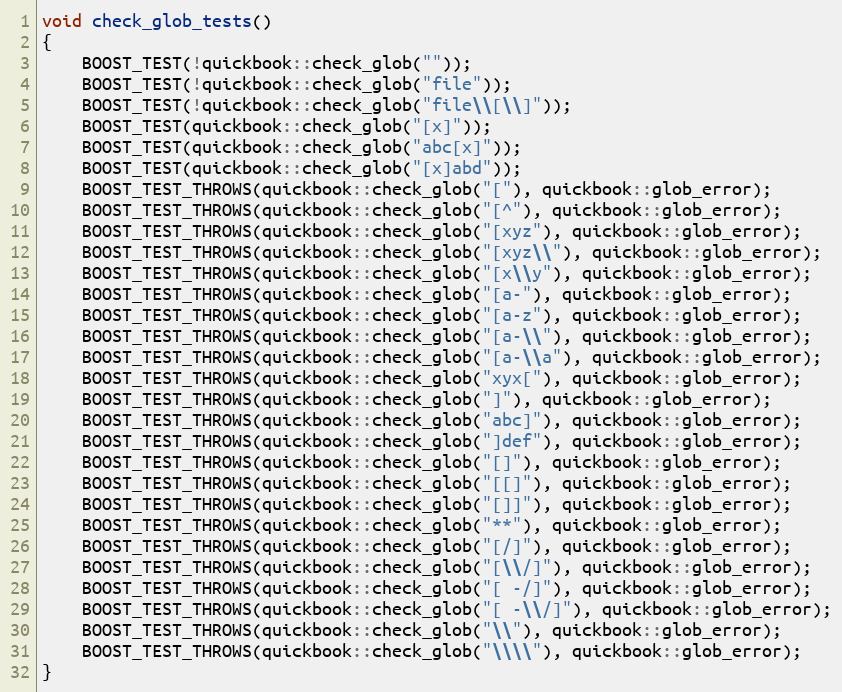
Language: C++
void check_glob_tests()
{
    BOOST_TEST(!quickbook::check_glob(""));
    BOOST_TEST(!quickbook::check_glob("file"));
    BOOST_TEST(!quickbook::check_glob("file\\[\\]"));
    BOOST_TEST(quickbook::check_glob("[x]"));
    BOOST_TEST(quickbook::check_glob("abc[x]"));
    BOOST_TEST(quickbook::check_glob("[x]abd"));
    BOOST_TEST_THROWS(quickbook::check_glob("["), quickbook::glob_error);
    BOOST_TEST_THROWS(quickbook::check_glob("[^"), quickbook::glob_error);
    BOOST_TEST_THROWS(quickbook::check_glob("[xyz"), quickbook::glob_error);
    BOOST_TEST_THROWS(quickbook::check_glob("[xyz\\"), quickbook::glob_error);
    BOOST_TEST_THROWS(quickbook::check_glob("[x\\y"), quickbook::glob_error);
    BOOST_TEST_THROWS(quickbook::check_glob("[a-"), quickbook::glob_error);
    BOOST_TEST_THROWS(quickbook::check_glob("[a-z"), quickbook::glob_error);
    BOOST_TEST_THROWS(quickbook::check_glob("[a-\\"), quickbook::glob_error);
    BOOST_TEST_THROWS(quickbook::check_glob("[a-\\a"), quickbook::glob_error);
    BOOST_TEST_THROWS(quickbook::check_glob("xyx["), quickbook::glob_error);
    BOOST_TEST_THROWS(quickbook::check_glob("]"), quickbook::glob_error);
    BOOST_TEST_THROWS(quickbook::check_glob("abc]"), quickbook::glob_error);
    BOOST_TEST_THROWS(quickbook::check_glob("]def"), quickbook::glob_error);
    BOOST_TEST_THROWS(quickbook::check_glob("[]"), quickbook::glob_error);
    BOOST_TEST_THROWS(quickbook::check_glob("[[]"), quickbook::glob_error);
    BOOST_TEST_THROWS(quickbook::check_glob("[]]"), quickbook::glob_error);
    BOOST_TEST_THROWS(quickbook::check_glob("**"), quickbook::glob_error);
    BOOST_TEST_THROWS(quickbook::check_glob("[/]"), quickbook::glob_error);
    BOOST_TEST_THROWS(quickbook::check_glob("[\\/]"), quickbook::glob_error);
    BOOST_TEST_THROWS(quickbook::check_glob("[ -/]"), quickbook::glob_error);
    BOOST_TEST_THROWS(quickbook::check_glob("[ -\\/]"), quickbook::glob_error);
    BOOST_TEST_THROWS(quickbook::check_glob("\\"), quickbook::glob_error);
    BOOST_TEST_THROWS(quickbook::check_glob("\\\\"), quickbook::glob_error);
}